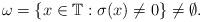
LaTeX: \begin{align*}\omega=\{x\in\mathbb{T}:\sigma(x)\neq 0\}\neq\emptyset.\end{align*}